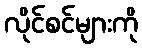
လိုင်စင်များကို